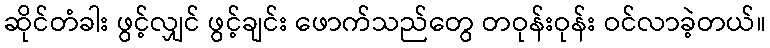
ဆိုင်တံခါး ဖွင့်လျှင် ဖွင့်ချင်း ဖောက်သည်တွေ တဝုန်းဝုန်း ဝင်လာခဲ့တယ်။